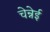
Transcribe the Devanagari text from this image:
चेन्नेई